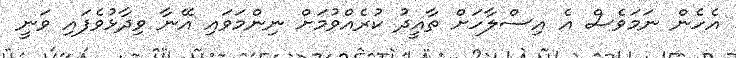
އެހެން ނަމަވެސް އެ އިސްލާހަށް ތާއީދު ކުރެއްވުމަށް ނިންމަވައި އޭނާ ވިދާޅުވެފައި ވަނީ